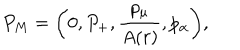
P _ { M } = \left( 0 , P _ { + } , \frac { p _ { \mu } } { A ( r ) } , p _ { \alpha } \right) \! ,